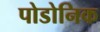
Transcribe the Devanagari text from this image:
पोडोनिक